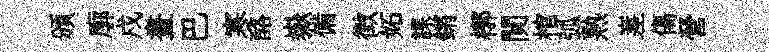
頒廓戍晝巴寒酪嶽備徴妬課鏘槨閴棺弧熟嵳傷營